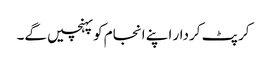
کرپٹ کردار اپنے انجام کو پہنچیں گے۔